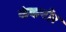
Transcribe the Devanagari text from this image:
कंकनीर